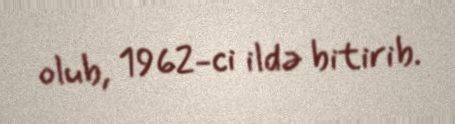
olub, 1962-ci ildə bitirib.